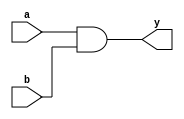
//two input and gate

module and2( 
    input a,
    input b,
    output y    
);

assign y = a & b;

endmodule //